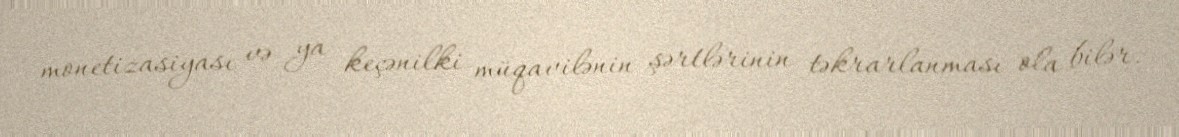
monetizasiyası və ya keçənilki müqavilənin şərtlərinin təkrarlanması ola bilər.